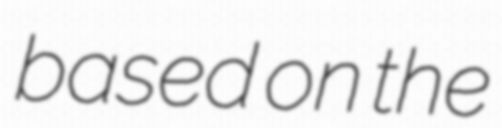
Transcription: based on the